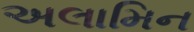
અલામિન